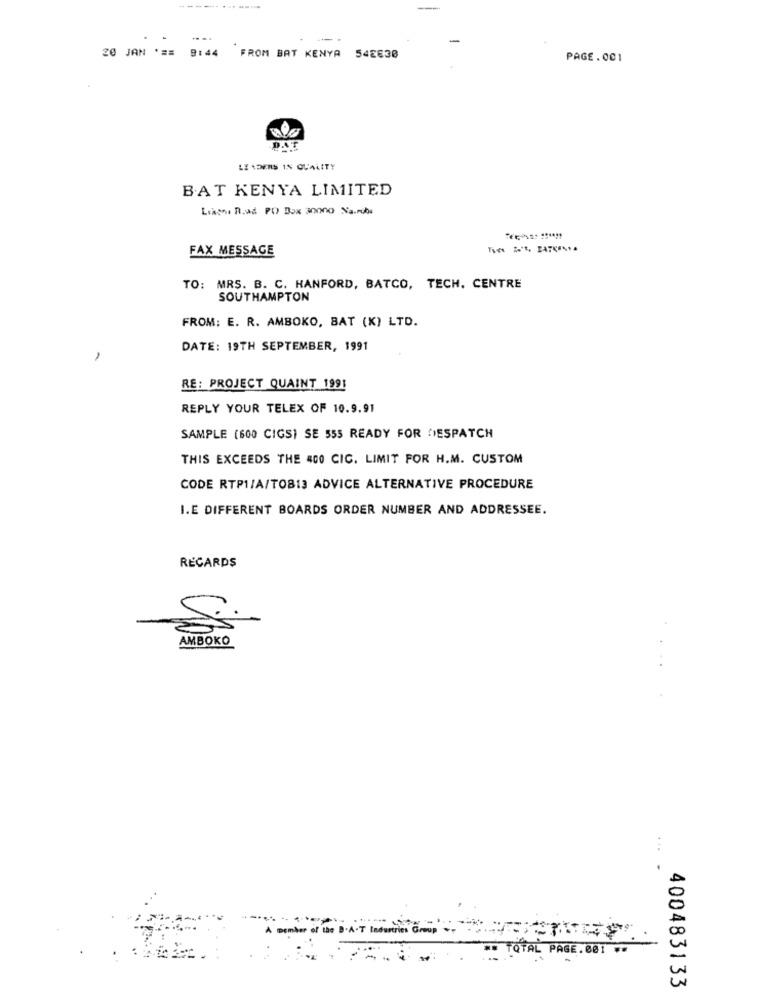
20 JAN
*==
9:44
FROM BAT KENYA
542638
PAGE.001
DAT
LE NDERS IN QUALITY
BAT KENYA LIMITED
Liamne R.ad PO Box 30000 Na.rubi
FAX MESSAGE
Ties 20%, BATU".
TO: MRS. B. C. HANFORD, BATCO, TECH. CENTRE
SOUTHAMPTON
FROM: E. R. AMBOKO, BAT (K) LTD.
DATE: 19TH SEPTEMBER, 1991
RE: PROJECT QUAINT 1991
REPLY YOUR TELEX OF 10.9.91
SAMPLE (600 CIGS) SE 555 READY FOR DESPATCH
THIS EXCEEDS THE 400 CIC, LIMIT FOR H.M. CUSTOM
CODE RTP1/A/TO813 ADVICE ALTERNATIVE PROCEDURE
I.E DIFFERENT BOARDS ORDER NUMBER AND ADDRESSEE.
REGARDS
AMBOKO
...
A member of
Industries Group
** TOTAL PAGE. 001 **
400483133